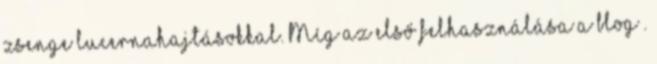
zsenge lucernahajtásokkal. Míg az első felhasználása a blog .